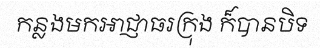
កន្លងមកអាជ្ញាធរក្រុង ក៏បានបិទ